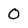
Character: 0